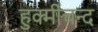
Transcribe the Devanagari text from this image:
हुक्मीचन्द